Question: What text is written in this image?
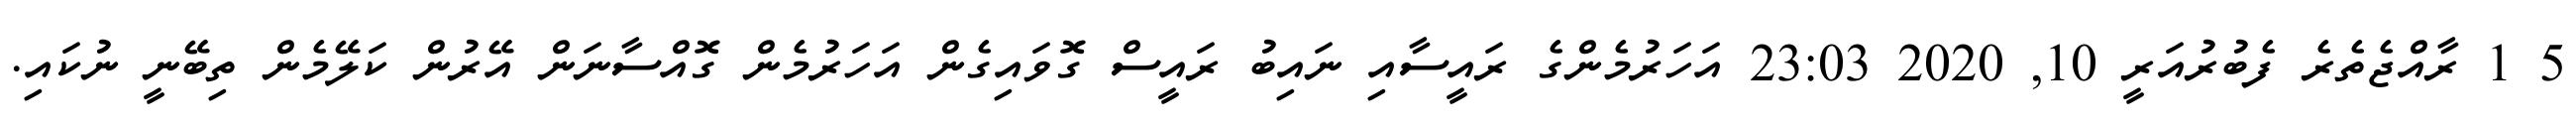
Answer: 5 1 ރާއްޖެތެރެ ފެބުރުއަރީ 10, 2020 23:03 އަހަރުމެންގެ ރައީސާއި ނައިބު ރައީސް ގޮވައިގެން އަހަރުމެން ގޮއްސާނަން އޭރުން ކަލޭމެން ތިބޭނީ ނުކައި.